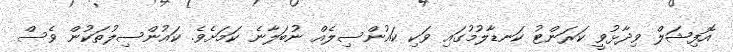
އޮފިޝަލް ވިދާޅުވީ ކަރަންޓު ކަނޑާލުމުގައި ވަކި ކައުންސިލެއް ނުބަލާނެ ކަމަށެވެ. ކައުންސިލުތަކުން ވެސް